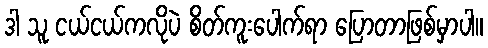
ဒါ သူ ငယ်ငယ်ကလိုပဲ စိတ်ကူးပေါက်ရာ ပြောတာဖြစ်မှာပါ။